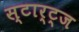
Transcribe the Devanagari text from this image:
स्टार्ट्ज